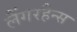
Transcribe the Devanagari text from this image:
लैंगरहैन्स